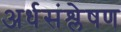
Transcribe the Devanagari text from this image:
अर्धसंश्लेषण